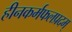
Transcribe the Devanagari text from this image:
हीनकर्मफलप्रदम्